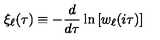
\xi _ { \ell } ( \tau ) \equiv - \frac { d } { d \tau } \ln \left[ w _ { \ell } ( i \tau ) \right]